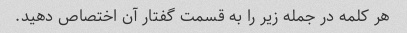
هر کلمه در جمله زیر را به قسمت گفتار آن اختصاص دهید.